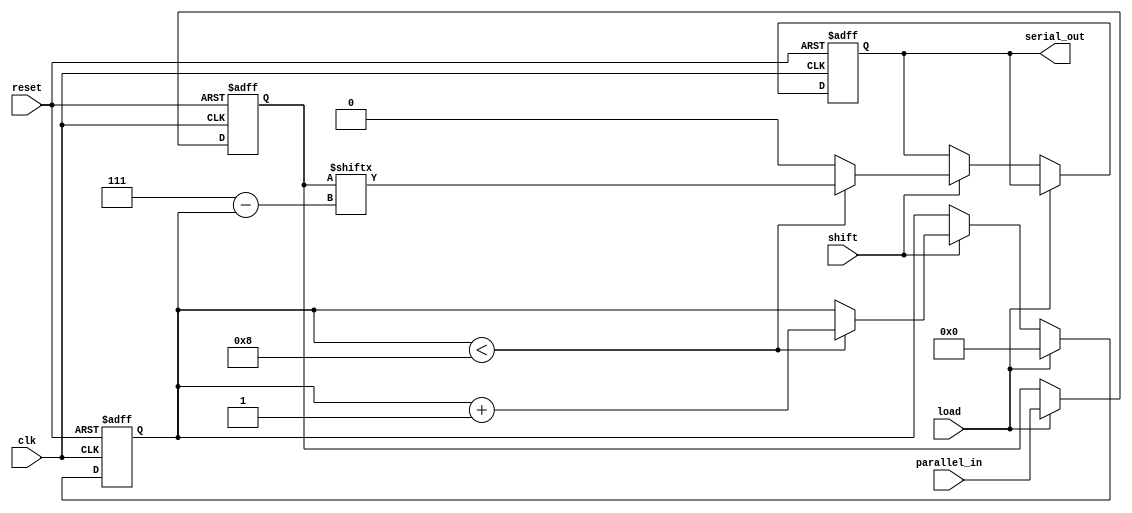
module piso_register #(
    parameter N = 8               // Configurable width of the register
) (
    input wire clk,               // Clock signal
    input wire reset,             // Asynchronous reset
    input wire load,              // Load signal
    input wire shift,             // Shift signal
    input wire [N-1:0] parallel_in,// Parallel input data
    output reg serial_out         // Serial output
);

    reg [N-1:0] shift_reg;        // Shift register to hold data
    reg [3:0] count;              // Count the bits shifted out

    always @(posedge clk or posedge reset) begin
        if (reset) begin
            shift_reg <= {N{1'b0}}; // Clear the register on reset
            serial_out <= 1'b0;     // Clear the output
            count <= 4'd0;          // Reset the count
        end else begin
            if (load) begin
                shift_reg <= parallel_in; // Load parallel data into the register
                count <= 4'd0;            // Reset count when data is loaded
            end else if (shift) begin
                if (count < N) begin
                    serial_out <= shift_reg[N-1-count]; // Shift out MSB first
                    count <= count + 1;       // Increment count
                end else begin
                    serial_out <= 1'b0;       // After all bits are shifted out, output 0
                end
            end
        end
    end

endmodule